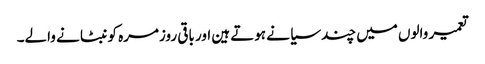
تعمیر والوں میں چند سیا نے ہوتے ہین اور باقی روزمرہ کو نبٹا نے والے۔